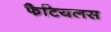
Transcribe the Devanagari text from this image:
फैटियलस